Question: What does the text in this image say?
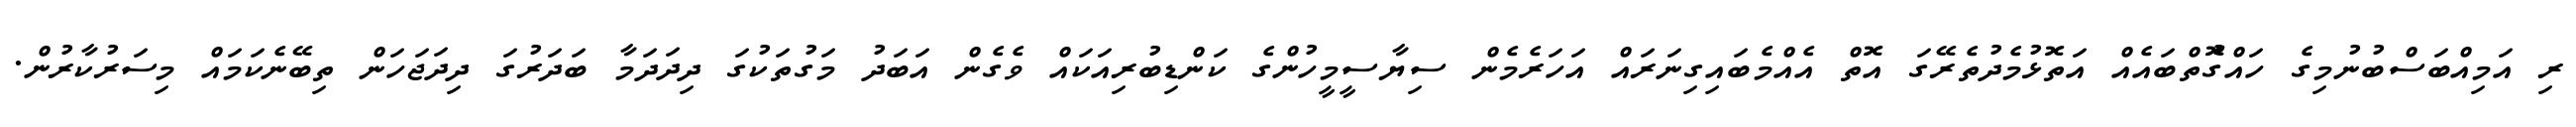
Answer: ރި އަމިއްބަސްބުނުމިގެ ހައްގުޮތްބައެއް އަތޮޅުމެދުތެރޭގަ އޮތް އެއްމެބައިގިނަރައް އަހަރެމެން ސިޔާސީމީހުންގެ ކަންޑިބުރިއަކައް ވެގެން އަބަދު މަގުތަކުގަ ދިދަދަމާ ބަދަރުގަ ދިދަޖަހަން ތިބޭނެކަމައް މިސަރުކާރުން.